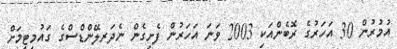
އުމުރުން 30 އަހަރުގެ ރޮބެންއަކި 2003 ވަނަ އަހަރުން ފެށިގެން ނެދަރލޭންޑްސްގެ ގައުމީޓީމަށް